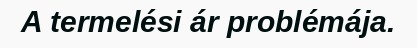
A termelési ár problémája.